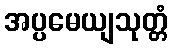
အပ္ပမေယျသုတ္တံ